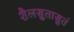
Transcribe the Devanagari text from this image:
शैलसुतासुतं